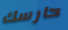
حارسك